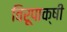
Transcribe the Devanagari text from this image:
विरूपाक्षी